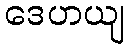
ဒေဟယျ